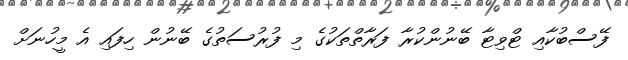
ފޭސްބުކާއި ޓްވިޓާ ބޭނުންކުރާ ފަރާތްތަކުގެ މި ފުރުސަތުގެ ބޭނުން ހިފައި އެ މީހުނަށް